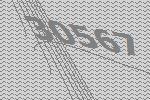
30567